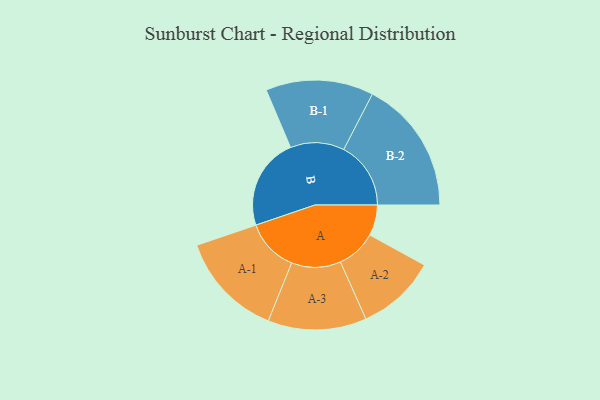
{"axis": {"x": "Segment", "y": "Value"}, "legend": ["", "A", "B"], "data": [{"x": "A", "y": 133, "type": ""}, {"x": "B", "y": 397, "type": ""}, {"x": "A-1", "y": 228, "type": "A"}, {"x": "A-2", "y": 172, "type": "A"}, {"x": "A-3", "y": 213, "type": "A"}, {"x": "B-1", "y": 233, "type": "B"}, {"x": "B-2", "y": 290, "type": "B"}]}